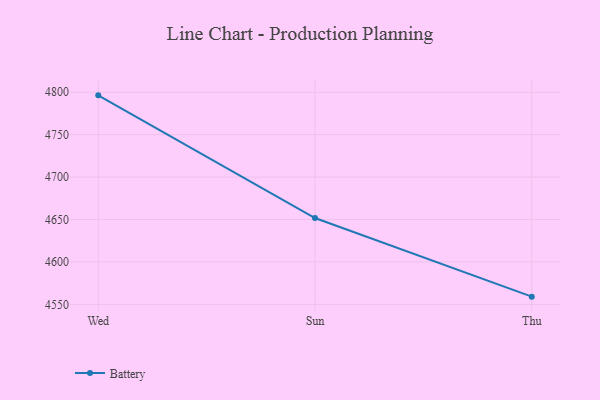
{"axis": {"x": "Day", "y": "Net Income (USD K)"}, "legend": ["Battery"], "data": [{"x": "Wed", "y": 4796.3, "type": "Battery"}, {"x": "Sun", "y": 4651.7, "type": "Battery"}, {"x": "Thu", "y": 4559.1, "type": "Battery"}]}